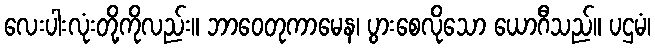
လေးပါးလုံးတို့ကိုလည်း။ ဘာဝေတုကာမေန၊ ပွားစေလိုသော ယောဂီသည်။ ပဌမံ၊